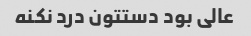
عالی بود دستتون درد نکنه